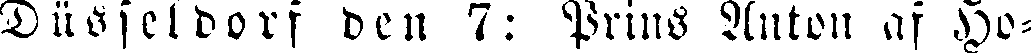
Düsseldorf den 7: Prins Anton af Ho-